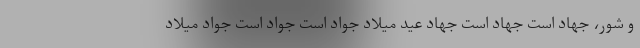
و شور، جهاد است جهاد است جهاد عید میلاد جواد است جواد است جواد میلاد